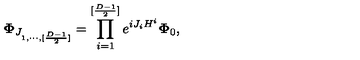
{ \bf \Phi } _ { J _ { 1 , \cdots , [ { \frac { D - 1 } { 2 } } ] } } = \prod _ { i = 1 } ^ { [ { \frac { D - 1 } { 2 } } ] } e ^ { { i J _ { i } H ^ { i } } } { \bf \Phi } _ { 0 } ,